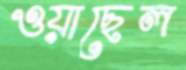
ওয়াছেল